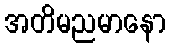
အတိမညမာနော